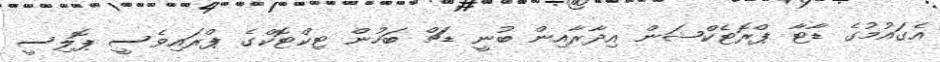
އެގައުމުގެ ޑާޓާ ޕްރޮޓެކްޝަން އިދާރާއިން ބުނީ ޑަޗް ބަހުން ޓިކްޓޮކްގެ ޕްރައިވެސީ ޕޮލިސީ